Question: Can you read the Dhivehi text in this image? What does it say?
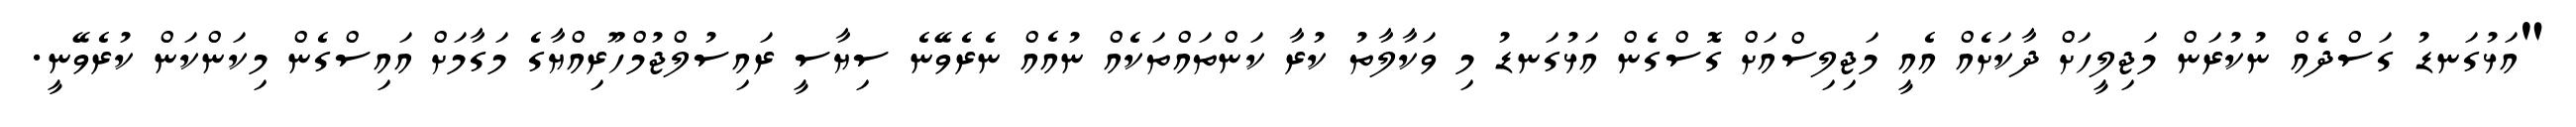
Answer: "އަޅުގަނޑު ގަސްދެއް ނުކުރަން މަޖިލީހަށް ދާކަށެއް އެއީ މަޖިލިސްއަށް ގޮސްގެން އަޅުގަނޑު މި ވަކާލާތު ކުރާ ކަންތައްތަކެއް ނުއެއް ނެރެވޭނެ ސިޔާސީ ރައިސުލްޖުމްހޫރިއްޔާގެ މަގާމަށް އައިސްގެން މިކަންކަން ކުރެވޭނީ.